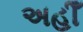
અહીઁ